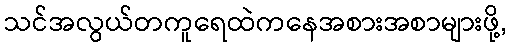
သင်အလွယ်တကူရေထဲကနေအစားအစာများဖို့,